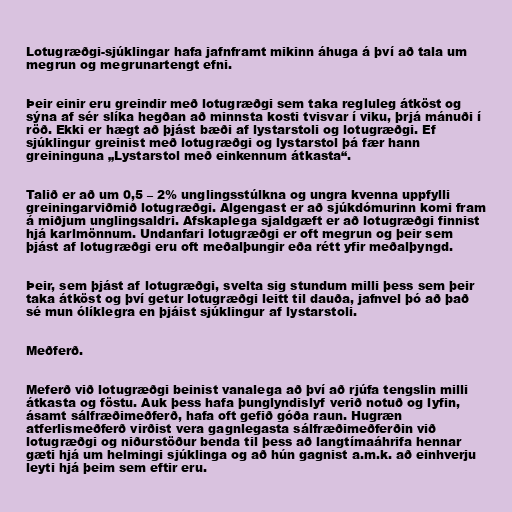
Lotugræðgi-sjúklingar hafa jafnframt mikinn áhuga á því að tala um
megrun og megrunartengt efni.

Þeir einir eru greindir með lotugræðgi sem taka regluleg átköst og
sýna af sér slíka hegðan að minnsta kosti tvisvar í viku, þrjá mánuði í
röð. Ekki er hægt að þjást bæði af lystarstoli og lotugræðgi. Ef
sjúklingur greinist með lotugræðgi og lystarstol þá fær hann
greininguna „Lystarstol með einkennum átkasta“.

Talið er að um 0,5 – 2% unglingsstúlkna og ungra kvenna uppfylli
greiningarviðmið lotugræðgi. Algengast er að sjúkdómurinn komi fram
á miðjum unglingsaldri. Afskaplega sjaldgæft er að lotugræðgi finnist
hjá karlmönnum. Undanfari lotugræðgi er oft megrun og þeir sem
þjást af lotugræðgi eru oft meðalþungir eða rétt yfir meðalþyngd.

Þeir, sem þjást af lotugræðgi, svelta sig stundum milli þess sem þeir
taka átköst og því getur lotugræðgi leitt til dauða, jafnvel þó að það
sé mun ólíklegra en þjáist sjúklingur af lystarstoli.

Meðferð.

Meferð við lotugræðgi beinist vanalega að því að rjúfa tengslin milli
átkasta og föstu. Auk þess hafa þunglyndislyf verið notuð og lyfin,
ásamt sálfræðimeðferð, hafa oft gefið góða raun. Hugræn
atferlismeðferð virðist vera gagnlegasta sálfræðimeðferðin við
lotugræðgi og niðurstöður benda til þess að langtímaáhrifa hennar
gæti hjá um helmingi sjúklinga og að hún gagnist a.m.k. að einhverju
leyti hjá þeim sem eftir eru.